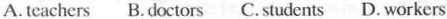
A.tcachers B.doctors C.students D.workers